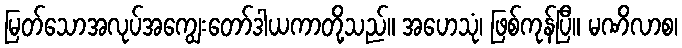
မြတ်သောအလုပ်အကျွေးတော်ဒါယကာတို့သည်။ အဟေသုံ၊ ဖြစ်ကုန်ပြီ။ မဏိလာစ၊